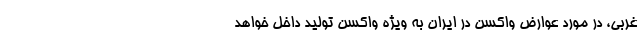
غربی، در مورد عوارض واکسن در ایران به ویژه واکسن تولید داخل خواهد